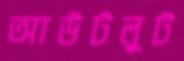
আউটলুট